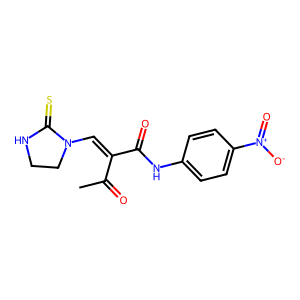
SMILES: CC(=O)C(=CN1CCNC1=S)C(=O)Nc1ccc([N+](=O)[O-])cc1
Inhibits HIV replication: No